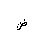
Letter: _dad